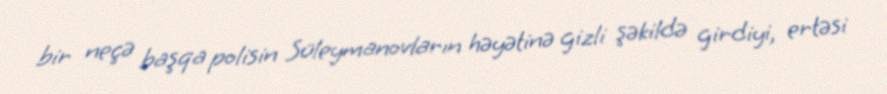
bir neçə başqa polisin Süleymanovların həyətinə gizli şəkildə girdiyi, ertəsi